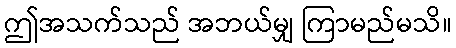
ဤအသက်သည် အဘယ်မျှ ကြာမည်မသိ။